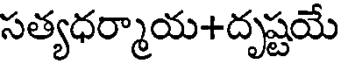
సత్యధర్మాయ+దృష్టయే